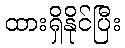
ထားရှိနိုင်ပြီး